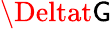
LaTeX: \Deltat\mathsf{G}